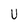
Character: U